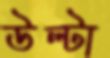
উল্টা